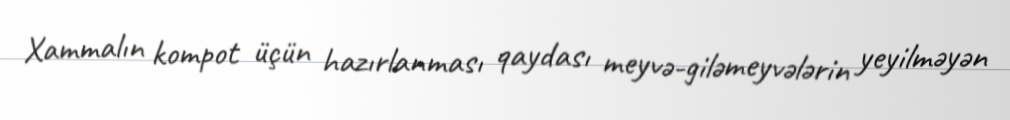
Xammalın kompot üçün hazırlanması qaydası meyvə-giləmeyvələrin yeyilməyən